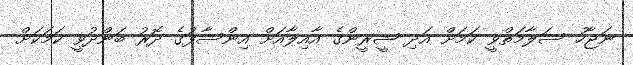
ނަޖާހު ސަލާމަތްވީ ކަމަށް އަދި ޝީރީންގެ އާއިލާއަށް އިންސާފުގެ ދޮރު ބަންދުވީ ކަމަކަށް